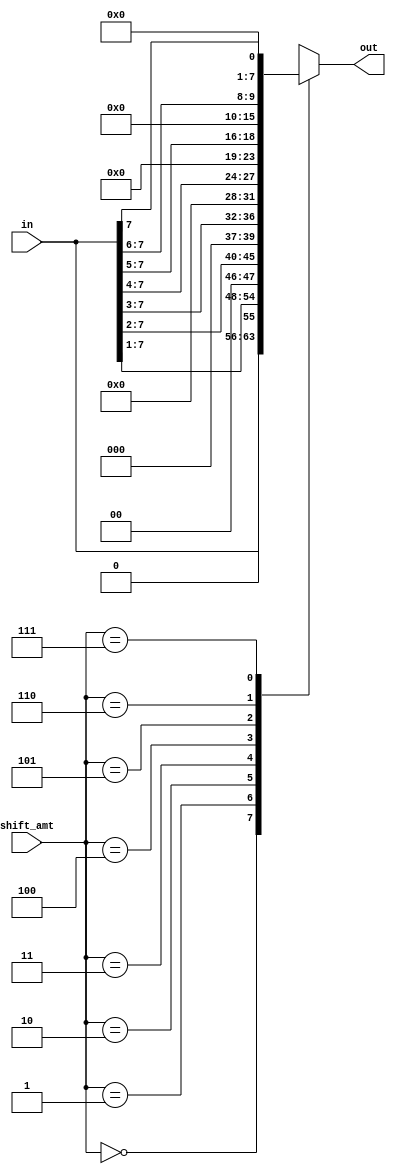
module barrel_shifter #(parameter WIDTH=8)(
    input [WIDTH-1:0] in,
    input [2:0] shift_amt,
    output reg [WIDTH-1:0] out
);

    always @(*) begin
        case(shift_amt)
            3'b000: out = in;
            3'b001: out = {1'b0, in[7:1]};
            3'b010: out = {{2{1'b0}}, in[7:2]};
            3'b011: out = {{3{1'b0}}, in[7:3]};
            3'b100: out = {{4{1'b0}}, in[7:4]};
            3'b101: out = {{5{1'b0}}, in[7:5]};
            3'b110: out = {{6{1'b0}}, in[7:6]};
            3'b111: out = {{7{1'b0}}, in[7:7]};
        endcase
    end

endmodule